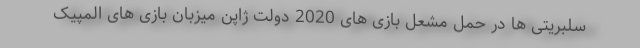
سلبریتی ها در حمل مشعل بازی های 2020 دولت ژاپن میزبان بازی های المپیک